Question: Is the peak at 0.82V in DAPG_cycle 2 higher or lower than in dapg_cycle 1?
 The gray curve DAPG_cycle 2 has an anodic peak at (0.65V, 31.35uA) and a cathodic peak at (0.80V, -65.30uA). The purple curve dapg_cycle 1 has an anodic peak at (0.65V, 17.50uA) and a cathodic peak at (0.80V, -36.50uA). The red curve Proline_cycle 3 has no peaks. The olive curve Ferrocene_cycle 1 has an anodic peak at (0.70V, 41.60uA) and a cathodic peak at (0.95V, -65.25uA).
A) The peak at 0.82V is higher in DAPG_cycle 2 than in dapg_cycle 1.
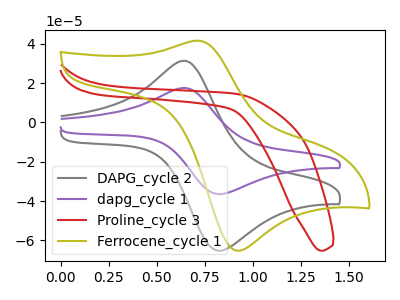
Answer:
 <answer>A) The peak at 0.82V is higher in "DAPG_cycle 2" than in "dapg_cycle 1".</answer>
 <eval>A</eval>